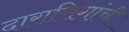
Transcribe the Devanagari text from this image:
दारासिंगांची